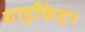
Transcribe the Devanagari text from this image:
ग्राइफिंडर